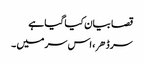
قصا بیان کیا گیا ہے
سر ڈهر، اس سر میں ۔